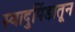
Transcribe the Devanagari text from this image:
स्वादुपिंडातून